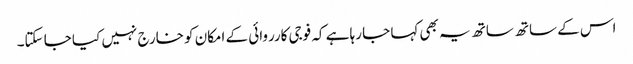
اس کے ساتھ ساتھ یہ بھی کہا جا رہا ہے کہ فوجی کارروائی کے امکان کو خارج نہیں کیا جا سکتا۔